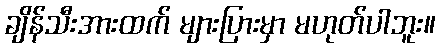
ချိန်သီးအားထက် များပြားမှာ မဟုတ်ပါဘူး။